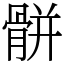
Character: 骿